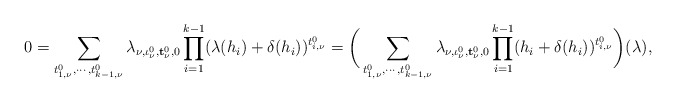
\begin{align*}0=\sum_{t_{1,\nu}^0,\cdots,t_{k-1,\nu}^0}\lambda_{\nu,\iota^0_\nu,{\bf t}_\nu^0,0}\prod_{i=1}^{k-1}(\lambda(h_i)+\delta(h_i))^{t_{i,\nu}^0}=\bigg(\sum_{t_{1,\nu}^0,\cdots,t_{k-1,\nu}^0}\lambda_{\nu,\iota^0_\nu,{\bf t}_\nu^0,0}\prod_{i=1}^{k-1}(h_i+\delta(h_i))^{t_{i,\nu}^0}\bigg)(\lambda),\end{align*}